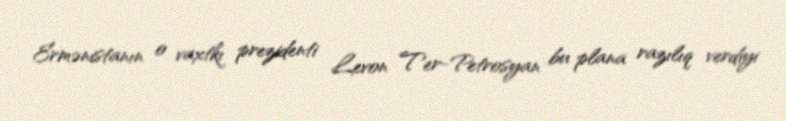
Ermənistanın o vaxtkı prezidenti Levon Ter-Petrosyan bu plana razılıq verdiyi